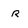
Character: R